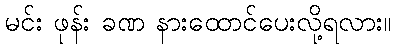
မင်း ဖုန်း ခဏ နားထောင်ပေးလို့ရလား။